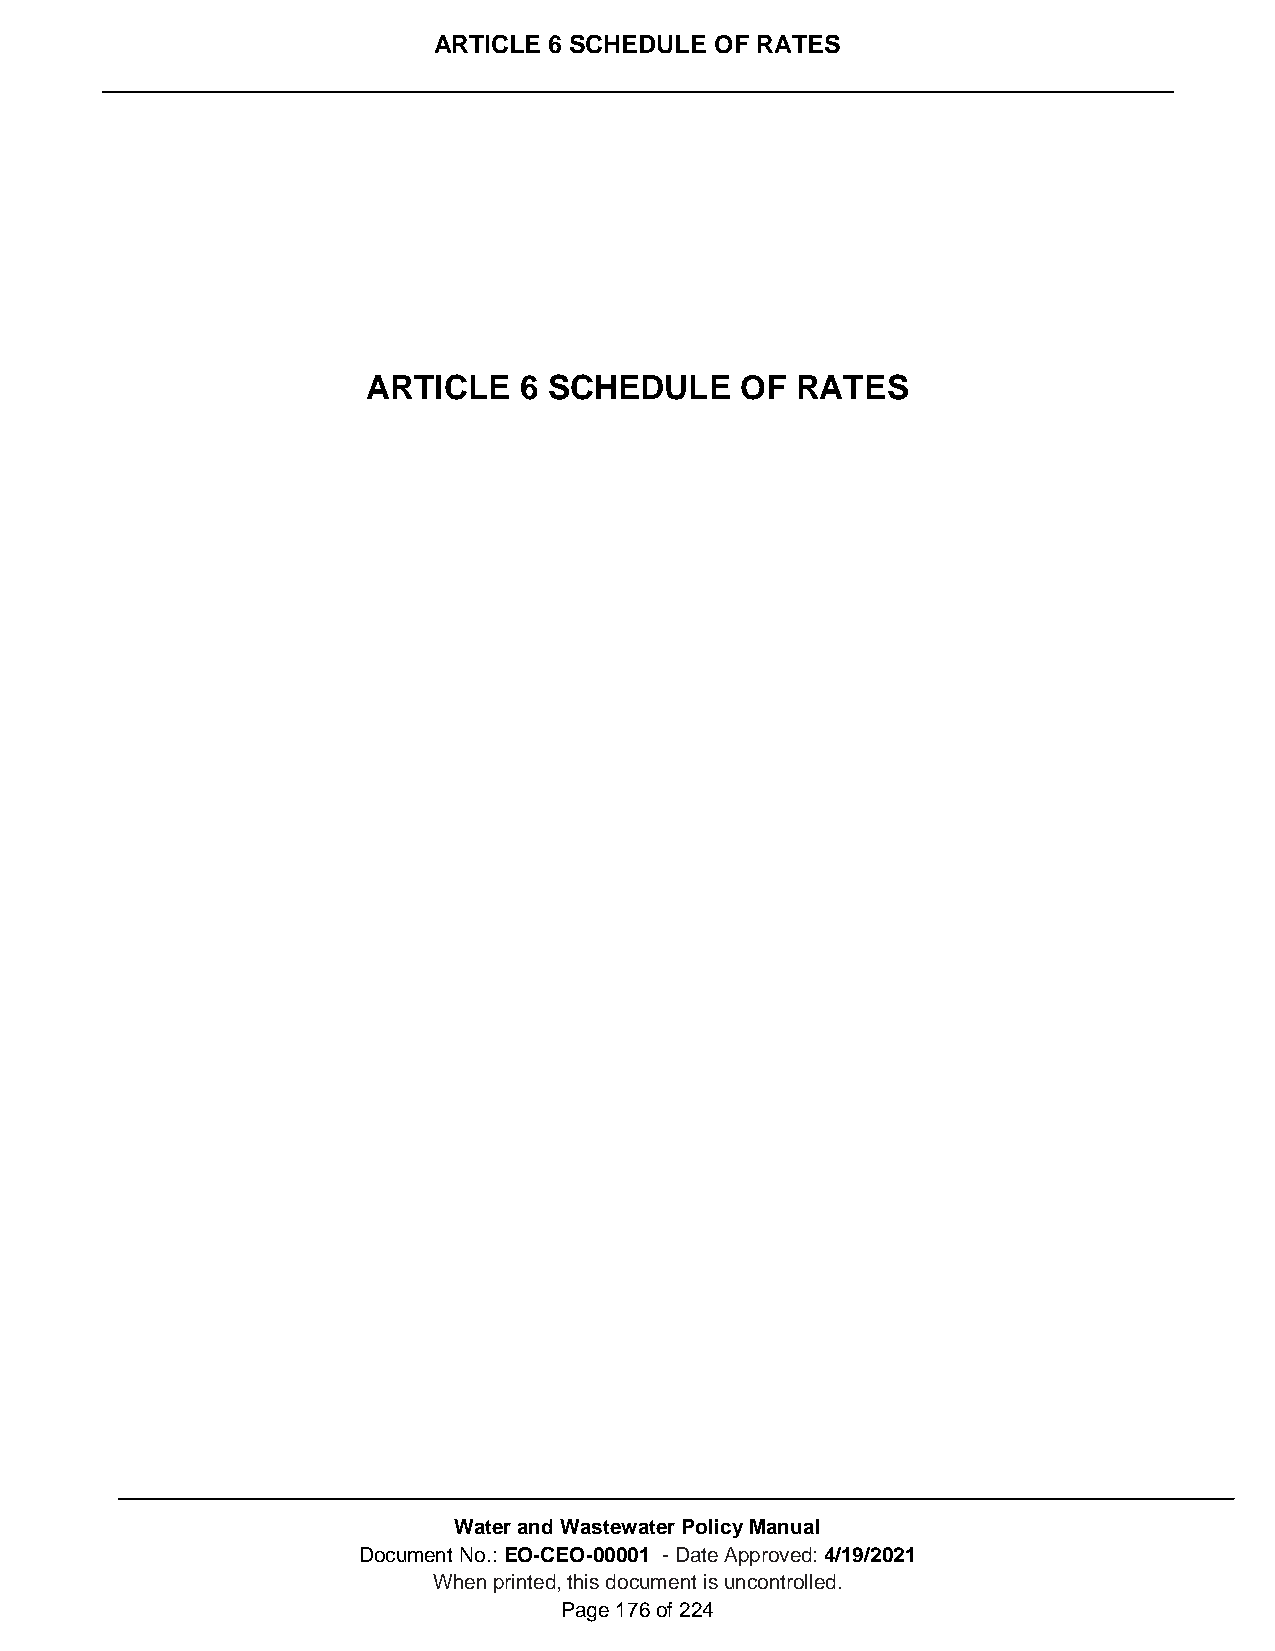
ARTICLE 6 SCHEDULE OF RATES
 ARTICLE   6 SCHEDULE     OF  RATES
 Water and Wastewater Policy Manual
 Document No.: EO-CEO-00001 - Date Approved: 4/19/2021
 When printed, this document is uncontrolled.
 Page 176 of 224